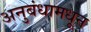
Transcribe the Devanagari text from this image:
अनुबंधामधून